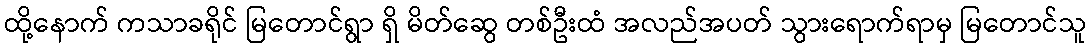
ထို့နောက် ကသာခရိုင် မြတောင်ရွာ ရှိ မိတ်ဆွေ တစ်ဦးထံ အလည်အပတ် သွားရောက်ရာမှ မြတောင်သူ